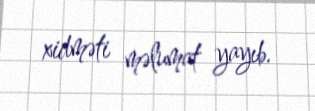
xidməti məlumat yayıb.